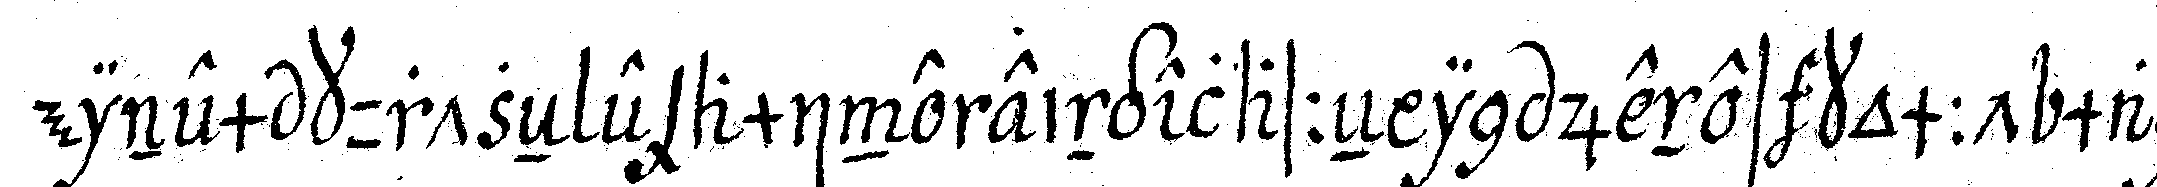
einem kurtzeN examinereingelasseN in jenes kommt man